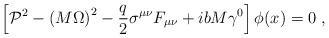
LaTeX: \begin{align*}\left[ {\cal P}^2-\left( M\Omega \right) ^2-\frac q2\sigma ^{\mu \nu }F_{\mu\nu }+ibM\gamma ^0\right] \phi (x)=0\;,\;\; \end{align*}